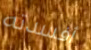
أفسدته